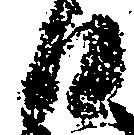
日